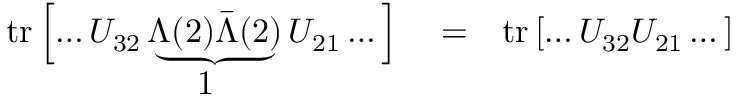
\begin{array} { r l r } { \mathrm { t r } \left[ \dots U _ { 3 2 } \underbrace { \Lambda ( 2 ) \bar { \Lambda } ( 2 ) } U _ { 2 1 } \dots \right] } & { { } = } & { \mathrm { t r } \left[ \dots U _ { 3 2 } U _ { 2 1 } \dots \right] } \\ { 1 \qquad \qquad \quad \ } & { { } } & { } \end{array}